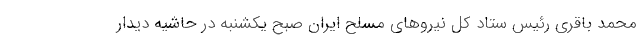
محمد باقری رئیس ستاد کل نیروهای مسلح ایران صبح یکشنبه در حاشیه دیدار